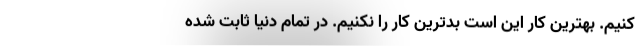
کنیم. بهترین کار این است بدترین کار را نکنیم. در تمام دنیا ثابت شده